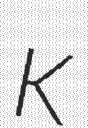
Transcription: K